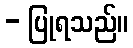
- ပြုရသည်။